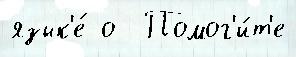
язык'е́ о  Помог'и́т'е